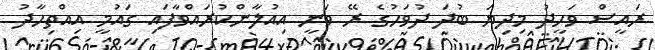
ރައީސް ވަހީދު މިދިޔަ ބުދަ ދުވަހުގެ ރޭ ވަނީ އިއުލާންކުރައްވާފައި ގައުމީ އިއްތިހާދު